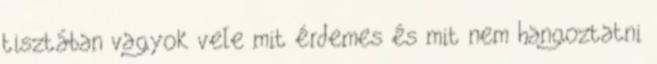
tisztában vagyok vele mit érdemes és mit nem hangoztatni